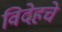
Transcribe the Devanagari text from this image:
विदेहचे